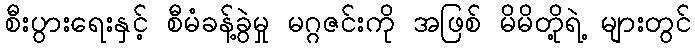
စီးပွားရေးနှင့် စီမံခန့်ခွဲမှု မဂ္ဂဇင်းကို အဖြစ် မိမိတို့ရဲ့ များတွင်